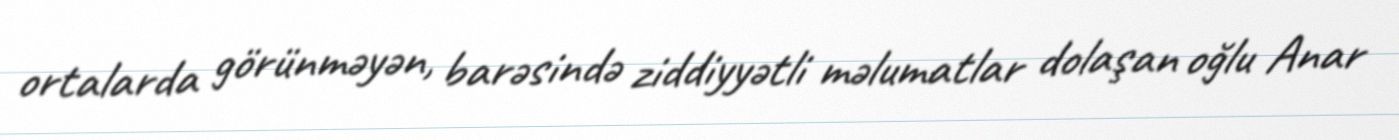
ortalarda görünməyən, barəsində ziddiyyətli məlumatlar dolaşan oğlu Anar